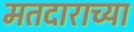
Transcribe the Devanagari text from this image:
मतदाराच्या